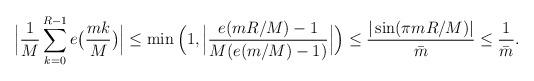
LaTeX: \begin{align*} \Big|\frac{1}{M} \sum_{k=0}^{R-1} e\big(\frac{m k}{M}\big) \Big| \leq \min\Big(1, \Big|\frac{e(m R/M) -1}{M(e(m /M)-1)} \Big|\Big) \leq \frac{|\sin(\pi m R/M)|}{\bar{m}} \leq \frac{1}{\bar{m}}.\end{align*}